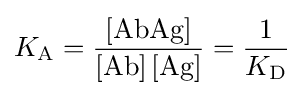
K_{\mathrm {A} }={\frac {\left[{\mathrm {AbAg} }\right]}{\left[{\mathrm {Ab} }\right]\left[{\mathrm {Ag} }\right]}}={\frac {1}{K_{\mathrm {D} }}}